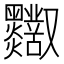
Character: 𪒸